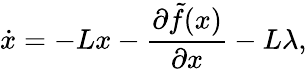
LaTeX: \dot{x}=-Lx-\frac{\partial\tilde{f}(x)}{\partial x}-L\lambda,